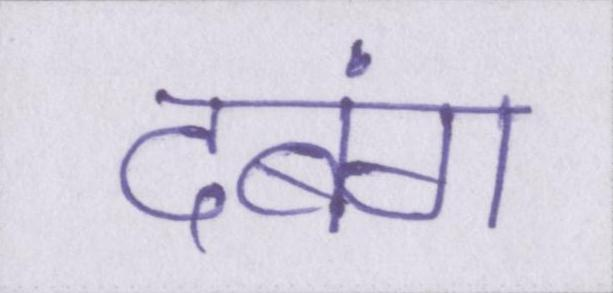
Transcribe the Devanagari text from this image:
दबंग